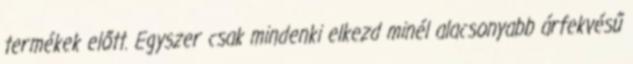
termékek előtt. Egyszer csak mindenki elkezd minél alacsonyabb árfekvésű